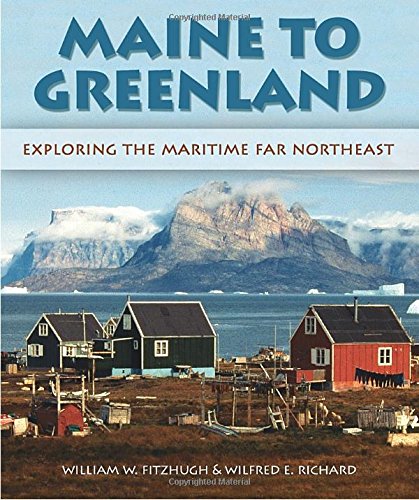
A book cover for Maine to Greenland: Exploring the Maritime Far Northeast; Wilfred E. Richard; Travel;